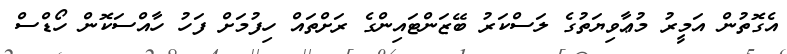
އެގޮތުން އަމީރު މުޢާވިޔަތުގެ ލަސްކަރު ބޭޒަންޓައިންގެ ރަށްތައް ހިފުމަށް ފަހު ހާއްސަކޮން ހޯޑްސް